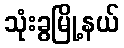
သုံးခွမြို့နယ်